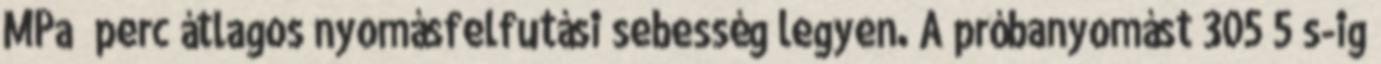
MPa perc átlagos nyomásfelfutási sebesség legyen. A próbanyomást 3055 s-ig